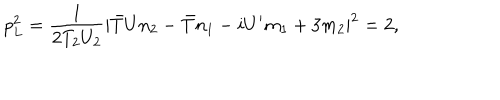
LaTeX: p _ { L } ^ { 2 } = \frac { 1 } { 2 T _ { 2 } U _ { 2 } } | { \bar { T } } U n _ { 2 } - { \bar { T } } n _ { 1 } - i U ^ { \prime } m _ { 1 } + 3 m _ { 2 } | ^ { 2 } = 2 ,